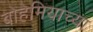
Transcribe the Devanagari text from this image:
बोहेमियाच्या